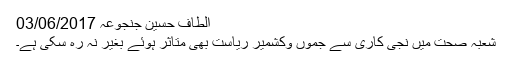
الطاف حسین جنجوعہ 03/06/2017
شعبہ صحت میں نجی کاری سے جموں وکشمیر ریاست بھی متاثر ہوئے بغیر نہ رہ سکی ہے۔